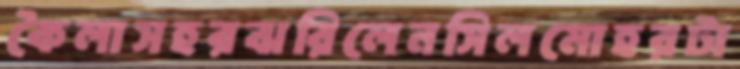
কৈলাসহরঝরিলেনসিলমোহরটা